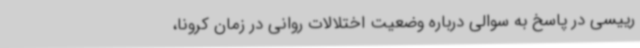
رییسی در پاسخ به سوالی درباره وضعیت اختلالات روانی در زمان کرونا،